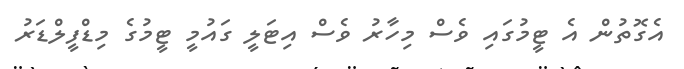
އެގޮތުން އެ ޓީމުގައި ވެސް މިހާރު ވެސް އިޓަލީ ގައުމީ ޓީމުގެ މިޑްފީލްޑަރު